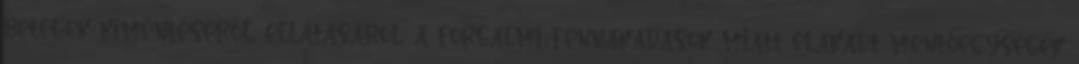
betegek kimentéséről, ellátásáról, a forgalmi fennakadások miatt elakadt mentőegységek